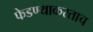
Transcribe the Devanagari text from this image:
फेडण्याकरताच